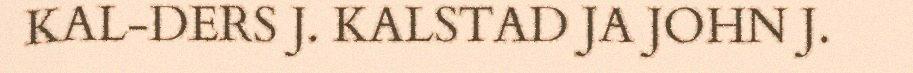
KAL-DERS J. KALSTAD JA JOHN J.